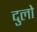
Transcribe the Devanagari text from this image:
दुलो